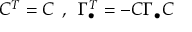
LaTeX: { \cal C } ^ { T } = { \cal C } \: \: , \: \: \Gamma _ { \bullet } ^ { T } = - { \cal C } \Gamma _ { \bullet } { \cal C }